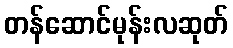
တန်ဆောင်မုန်းလဆုတ်